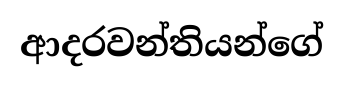
ආදරවන්තියන්ගේ